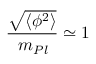
\frac { \sqrt { \langle \phi ^ { 2 } \rangle } } { \, m _ { P l } } \simeq 1